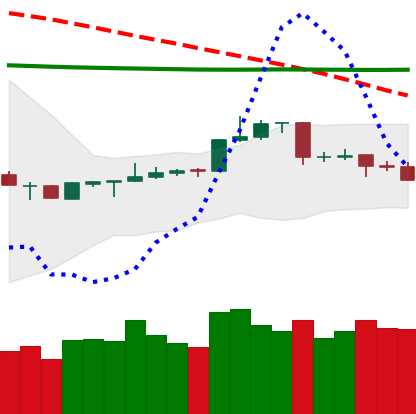
Ticker: LTC-USD
Chart end date: 2020-04-15
Forward return: 3.13%
Label: up_3_5